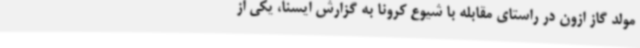
مولد گاز ازون در راستای مقابله با شیوع کرونا به گزارش ایسنا، یکی از